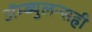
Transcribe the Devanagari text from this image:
ॲम्ब्युलन्सही